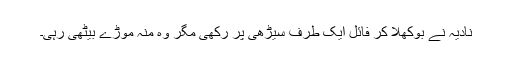
نادیہ نے بوکھلا کر فائل ایک طرف سیڑھی پر رکھی مگر وہ منہ موڑے بیٹھی رہی۔